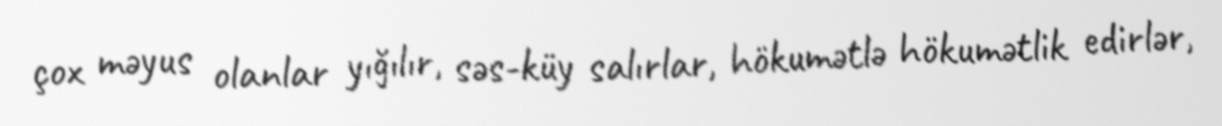
çox məyus olanlar yığılır, səs-küy salırlar, hökumətlə hökumətlik edirlər,